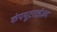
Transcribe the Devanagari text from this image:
कंपयूटराईज़द